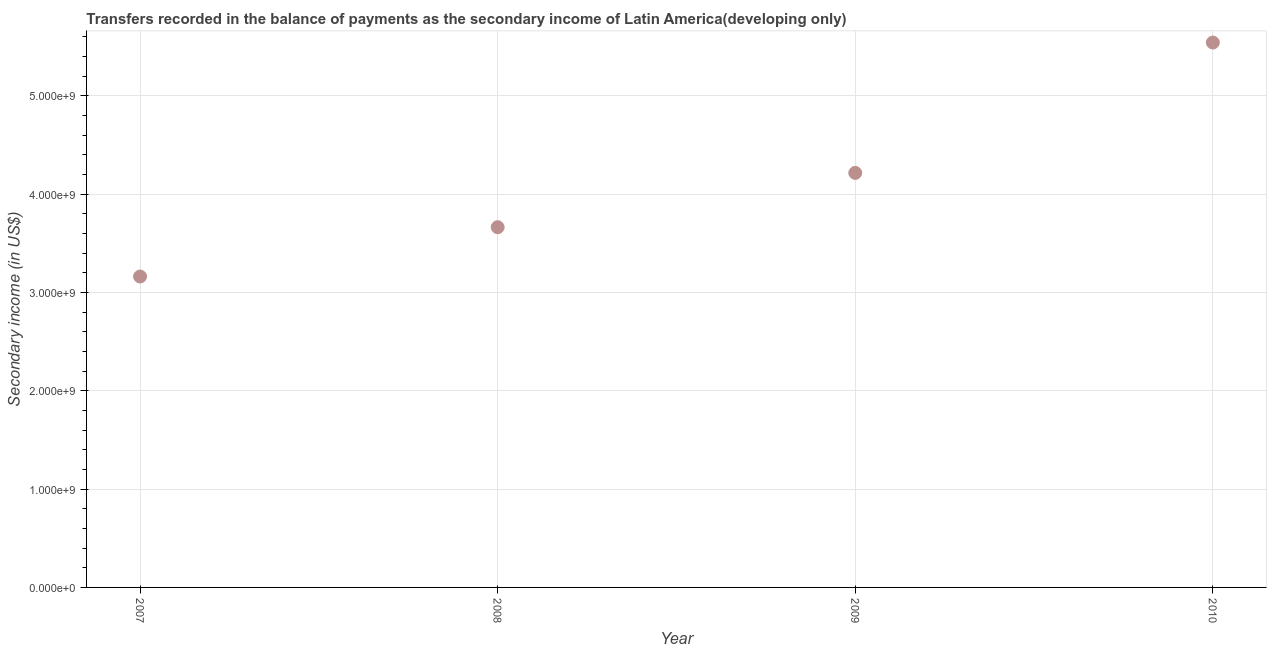
| Year | Secondary income |
 | --- | --- |
 | 2007 | 3.16e+09 |
 | 2008 | 3.66e+09 |
 | 2009 | 4.22e+09 |
 | 2010 | 5.54e+09 |